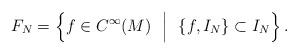
LaTeX: \begin{align*} F_N =\left\lbrace f \in C^\infty(M) ~~\Big\vert~~\lbrace f, I_N \rbrace \subset I_N\right\rbrace.\end{align*}